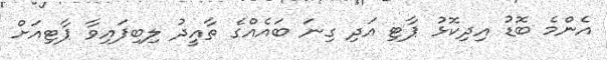
އެންމެ ބޮޑު އިދިކޮޅު ޕާޓި އަދި ގިނަ ބައެއްގެ ތާއީދު ލިބިފައިވާ ޕާޓިއަށް